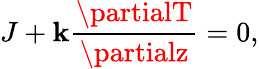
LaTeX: J+\mathbf{k}\frac{{\partialT}}{{\partialz}}=0,